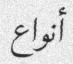
أنواع